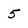
Character: 5